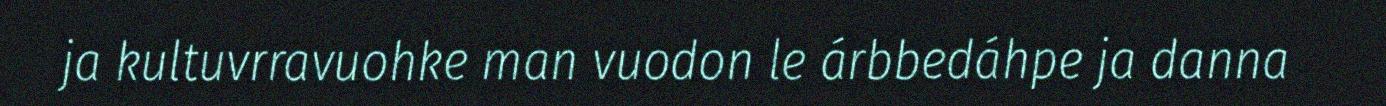
ja kultuvrravuohke man vuodon le árbbedáhpe ja danna